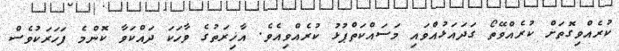
ކުރެއްވިގޮތަށް ކުރެއްވޭތޯ ގަދައަޅުއްވައި މަސައްކަތްޕުޅު ކުރެއްވިއެވެ. އާޚިރަތުގެ ވާހަކަ ދައްކަވާ ކޮންމެ ފަހަރަކުވެސް